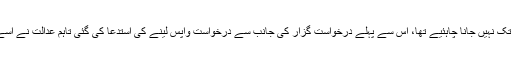
کیا نوٹیفیکیشن کابینہ سے منظوری کے بعد وزیراعظم سے ہوتے ہوئے صدر تک نہیں جانا چاہئیے تھا، اس سے پہلے درخواست گزار کی جانب سے درخواست واپس لینے کی استدعا کی گئی تاہم عدالت نے اسے مفادِ عامہ کا معاملہ قرار دیتے ہوئے کیس کو ازخود نوٹس میں تبدیل کر دیا۔